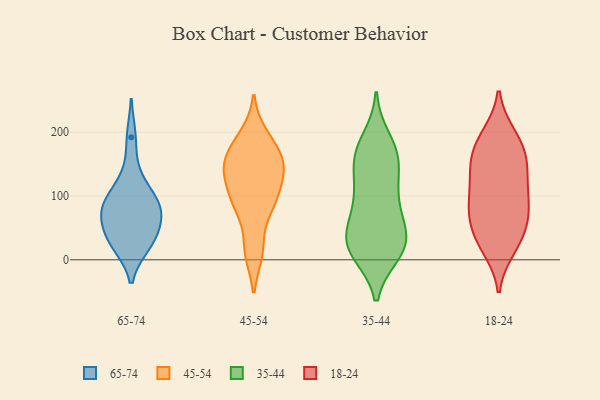
{"axis": {"x": "Waste Production (Tons)", "y": "Value"}, "legend": ["18-24", "35-44", "45-54", "65-74"], "data": [{"x": "", "y": 75, "type": "65-74"}, {"x": "", "y": 88, "type": "65-74"}, {"x": "", "y": 67, "type": "65-74"}, {"x": "", "y": 30, "type": "65-74"}, {"x": "", "y": 27, "type": "65-74"}, {"x": "", "y": 192, "type": "65-74"}, {"x": "", "y": 24, "type": "65-74"}, {"x": "", "y": 99, "type": "65-74"}, {"x": "", "y": 94, "type": "65-74"}, {"x": "", "y": 133, "type": "65-74"}, {"x": "", "y": 61, "type": "65-74"}, {"x": "", "y": 32, "type": "65-74"}, {"x": "", "y": 80, "type": "65-74"}, {"x": "", "y": 16, "type": "45-54"}, {"x": "", "y": 142, "type": "45-54"}, {"x": "", "y": 83, "type": "45-54"}, {"x": "", "y": 103, "type": "45-54"}, {"x": "", "y": 183, "type": "45-54"}, {"x": "", "y": 141, "type": "45-54"}, {"x": "", "y": 151, "type": "45-54"}, {"x": "", "y": 12, "type": "45-54"}, {"x": "", "y": 93, "type": "45-54"}, {"x": "", "y": 83, "type": "45-54"}, {"x": "", "y": 151, "type": "45-54"}, {"x": "", "y": 129, "type": "45-54"}, {"x": "", "y": 169, "type": "45-54"}, {"x": "", "y": 195, "type": "45-54"}, {"x": "", "y": 163, "type": "35-44"}, {"x": "", "y": 149, "type": "35-44"}, {"x": "", "y": 89, "type": "35-44"}, {"x": "", "y": 122, "type": "35-44"}, {"x": "", "y": 63, "type": "35-44"}, {"x": "", "y": 35, "type": "35-44"}, {"x": "", "y": 19, "type": "35-44"}, {"x": "", "y": 155, "type": "35-44"}, {"x": "", "y": 174, "type": "35-44"}, {"x": "", "y": 45, "type": "35-44"}, {"x": "", "y": 10, "type": "35-44"}, {"x": "", "y": 54, "type": "35-44"}, {"x": "", "y": 98, "type": "35-44"}, {"x": "", "y": 107, "type": "35-44"}, {"x": "", "y": 12, "type": "35-44"}, {"x": "", "y": 26, "type": "35-44"}, {"x": "", "y": 167, "type": "35-44"}, {"x": "", "y": 189, "type": "35-44"}, {"x": "", "y": 26, "type": "35-44"}, {"x": "", "y": 10, "type": "35-44"}, {"x": "", "y": 66, "type": "18-24"}, {"x": "", "y": 71, "type": "18-24"}, {"x": "", "y": 161, "type": "18-24"}, {"x": "", "y": 156, "type": "18-24"}, {"x": "", "y": 195, "type": "18-24"}, {"x": "", "y": 31, "type": "18-24"}, {"x": "", "y": 75, "type": "18-24"}, {"x": "", "y": 185, "type": "18-24"}, {"x": "", "y": 151, "type": "18-24"}, {"x": "", "y": 110, "type": "18-24"}, {"x": "", "y": 25, "type": "18-24"}, {"x": "", "y": 193, "type": "18-24"}, {"x": "", "y": 81, "type": "18-24"}, {"x": "", "y": 18, "type": "18-24"}, {"x": "", "y": 151, "type": "18-24"}, {"x": "", "y": 122, "type": "18-24"}, {"x": "", "y": 118, "type": "18-24"}, {"x": "", "y": 84, "type": "18-24"}, {"x": "", "y": 38, "type": "18-24"}]}